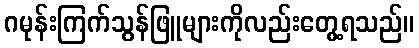
ဂမုန်းကြက်သွန်ဖြူများကိုလည်းတွေ့ရသည်။